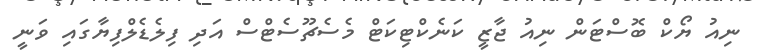
ނިއު ޔޯކް ބޮސްޓަން ނިއު ޖާޒީ ކަނެކްޓިކަޓް މެސެޗޫސެޓްސް އަދި ފިލެޑެލްފިޔާގައި ވަނީ